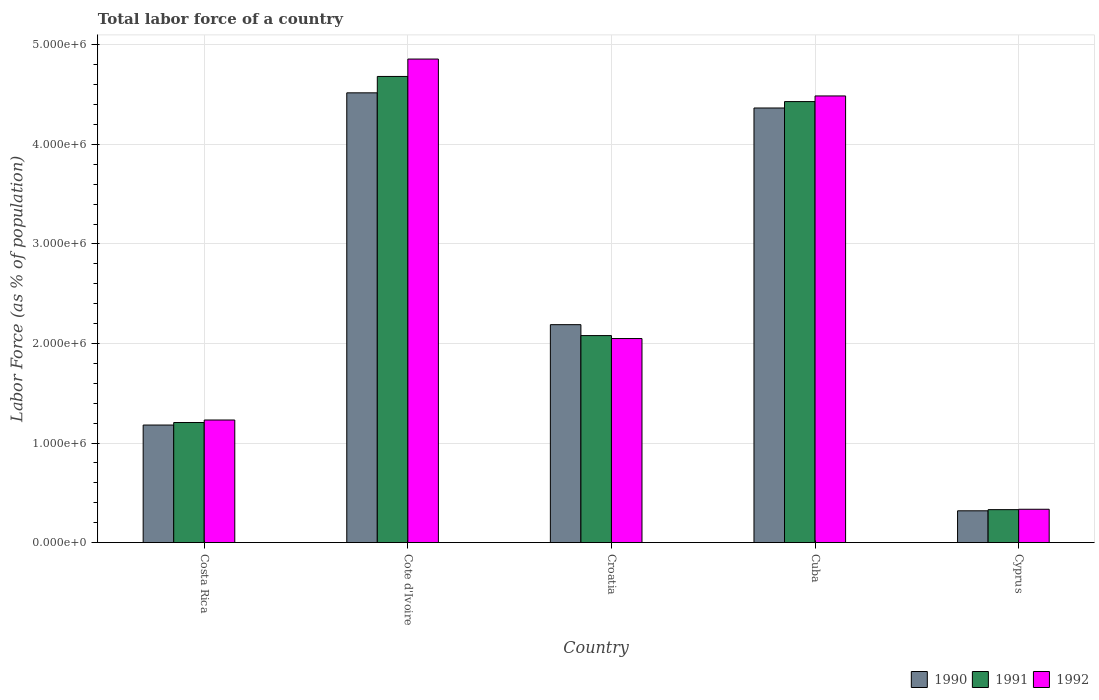
| Country | 1990 | 1991 | 1992 |
 | --- | --- | --- | --- |
 | Costa Rica | 1.18e+06 | 1.21e+06 | 1.23e+06 |
 | Cote d'Ivoire | 4.52e+06 | 4.68e+06 | 4.86e+06 |
 | Croatia | 2.19e+06 | 2.08e+06 | 2.05e+06 |
 | Cuba | 4.37e+06 | 4.43e+06 | 4.49e+06 |
 | Cyprus | 3.19e+05 | 3.31e+05 | 3.35e+05 |